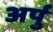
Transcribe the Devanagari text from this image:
अर्पु